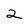
Character: 2